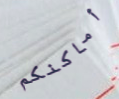
أماكنكم